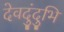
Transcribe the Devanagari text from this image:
देवदुंदुभि